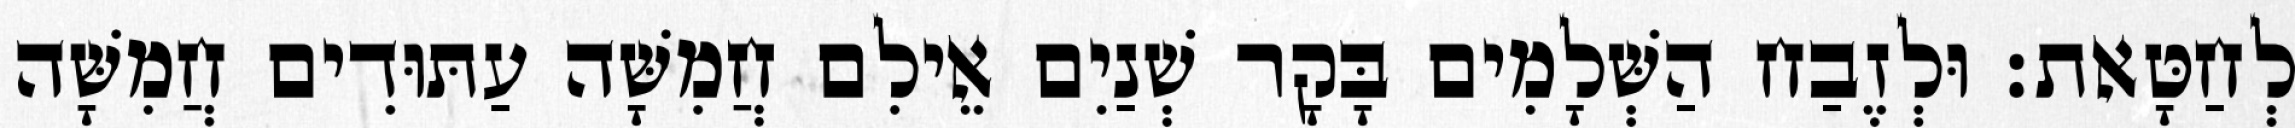
לְחַטָּאת׃ וּלְזֶבַח הַשְּׁלָמִים בָּקָר שְׁנַיִם אֵילִם חֲמִשָּׁה עַתּוּדִים חֲמִשָּׁה